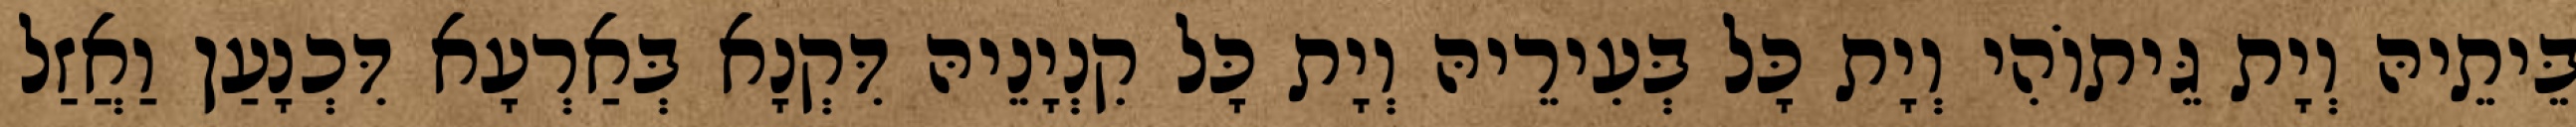
בֵּיתֵיהּ וְיָת גֵּיתוֹהִי וְיָת כָּל בְּעִירֵיהּ וְיָת כָּל קִנְיָנֵיהּ דִּקְנָא בְּאַרְעָא דִּכְנָעַן וַאֲזַל